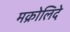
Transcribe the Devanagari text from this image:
मक्रोलिदे